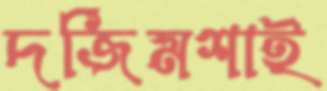
দর্জিমশাই